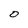
Character: 0